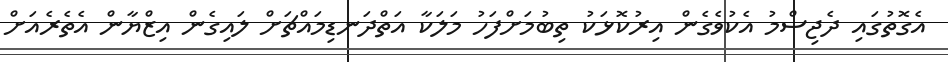
އެގޮތުގައި ދެޖިސްމު އެކުވެގެން އިރުކޮޅަކު ތިބުމަށްފަހު މަލަކާ އަތްދަނޑިމައްޗަށް ލައިގެން އިޒްޔާން އެތެރެއަށް